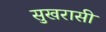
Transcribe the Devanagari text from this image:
सुखरासी